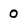
Character: O